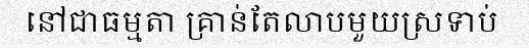
នៅជាធម្មតា គ្រាន់តែលាបមួយស្រទាប់